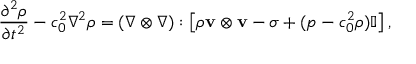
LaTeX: { \frac { \partial ^ { 2 } \rho } { \partial t ^ { 2 } } } - c _ { 0 } ^ { 2 } \nabla ^ { 2 } \rho = ( \nabla \otimes \nabla ) : \left[ \rho \mathbf { v } \otimes \mathbf { v } - \sigma + ( p - c _ { 0 } ^ { 2 } \rho ) \mathbb { I } \right] ,